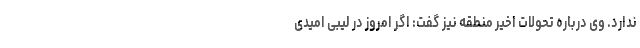
ندارد. وی درباره تحولات اخیر منطقه نیز گفت: اگر امروز در لیبی امیدی